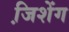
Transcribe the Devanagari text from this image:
जि़शेंग